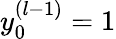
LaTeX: y_{0}^{(l-1)}=1